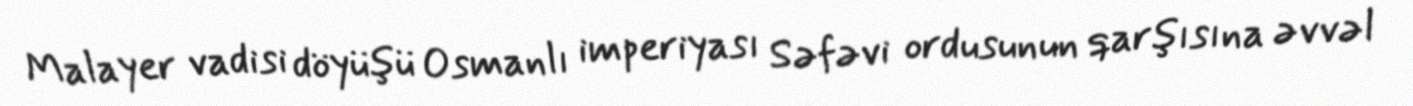
Malayer vadisi döyüşü Osmanlı imperiyası Səfəvi ordusunun qarşısına əvvəl